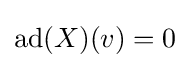
\operatorname {ad} (X)(v)=0